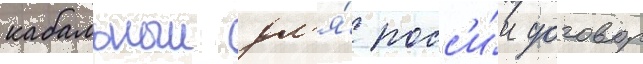
кабальныи дл'я́ росс'и́и договор